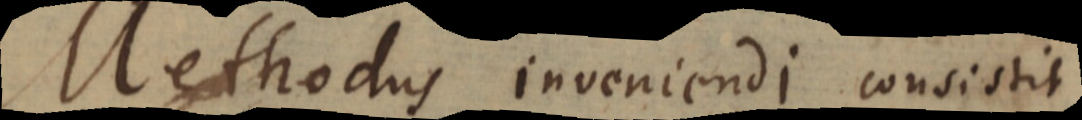
Methodus inveniendi consistit